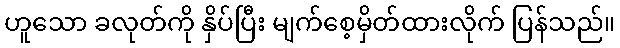
ဟူသော ခလုတ်ကို နှိပ်ပြီး မျက်စေ့မှိတ်ထားလိုက် ပြန်သည်။